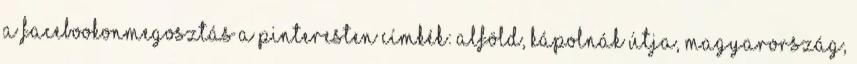
a FacebookonMegosztás a Pinteresten Címkék: Alföld, Kápolnák útja, Magyarország,